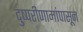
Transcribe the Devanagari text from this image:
दुष्परीणामांपासून